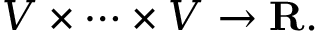
V \times \cdots \times V \to \mathbf { R } .